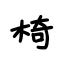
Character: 椅